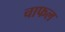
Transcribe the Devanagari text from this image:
चाफल